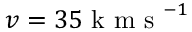
v = 3 5 \mathrm { ~ k ~ m ~ s ~ } ^ { - 1 }